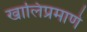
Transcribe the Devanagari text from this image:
खालिप्रमाणे